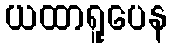
ယထာရူပေန